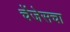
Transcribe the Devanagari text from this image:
चेंजेसचा